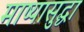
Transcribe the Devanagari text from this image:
माष्यासुद्धा